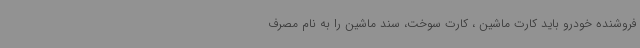
فروشنده خودرو باید کارت ماشین ، کارت سوخت، سند ماشین را به نام مصرف